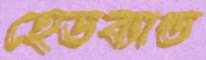
হেডব্যান্ড